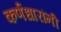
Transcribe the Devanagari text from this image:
कर्णधारांनी